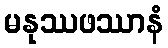
မနုဿဖဿာနံ